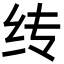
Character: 䌸